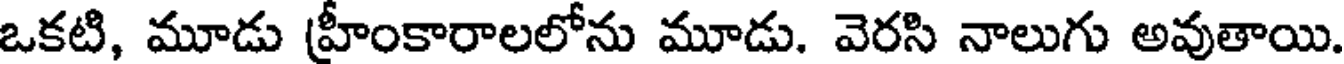
ఒకటి, మూడు హ్రీంకారాలలోను మూడు. వెరసి నాలుగు అవుతాయి.